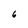
Character: 6